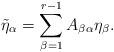
LaTeX: \begin{align*}\tilde \eta_{\alpha }=\sum_{\beta=1}^{r-1}A_{\beta\alpha}\eta_{\beta }.\end{align*}